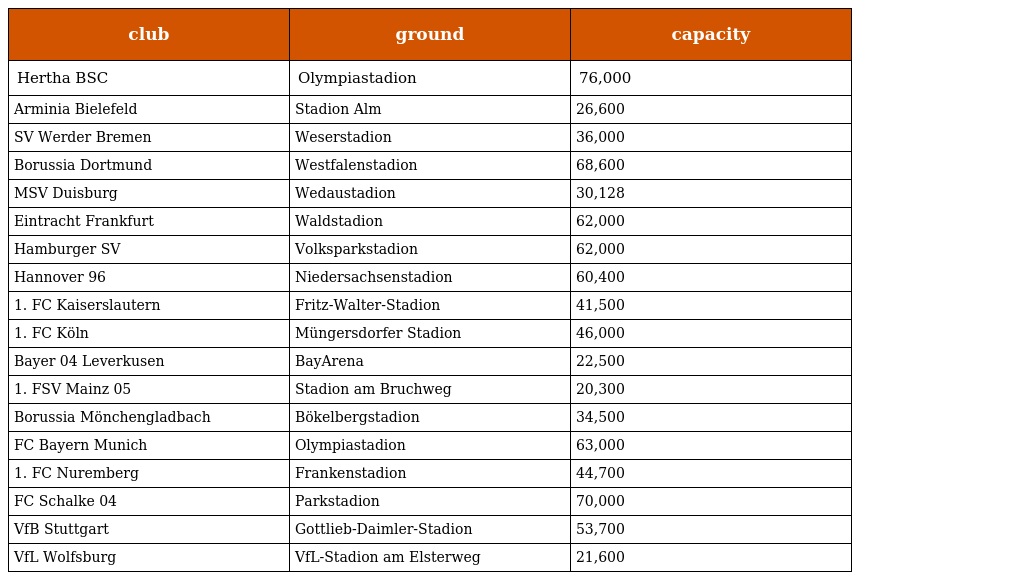
| club | ground | capacity |
 | --- | --- | --- |
 | Hertha BSC | Olympiastadion | 76,000 |
 | Arminia Bielefeld | Stadion Alm | 26,600 |
 | SV Werder Bremen | Weserstadion | 36,000 |
 | Borussia Dortmund | Westfalenstadion | 68,600 |
 | MSV Duisburg | Wedaustadion | 30,128 |
 | Eintracht Frankfurt | Waldstadion | 62,000 |
 | Hamburger SV | Volksparkstadion | 62,000 |
 | Hannover 96 | Niedersachsenstadion | 60,400 |
 | 1. FC Kaiserslautern | Fritz-Walter-Stadion | 41,500 |
 | 1. FC Köln | Müngersdorfer Stadion | 46,000 |
 | Bayer 04 Leverkusen | BayArena | 22,500 |
 | 1. FSV Mainz 05 | Stadion am Bruchweg | 20,300 |
 | Borussia Mönchengladbach | Bökelbergstadion | 34,500 |
 | FC Bayern Munich | Olympiastadion | 63,000 |
 | 1. FC Nuremberg | Frankenstadion | 44,700 |
 | FC Schalke 04 | Parkstadion | 70,000 |
 | VfB Stuttgart | Gottlieb-Daimler-Stadion | 53,700 |
 | VfL Wolfsburg | VfL-Stadion am Elsterweg | 21,600 |